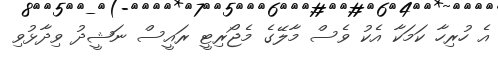
އެ ހުރިހާ ކަމަކާ އެކު ވެސް މާލޭގެ މެޖޯރިޓީ ރައީސް ނަޝީދު ވިދާޅުވި